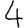
Digit: 4